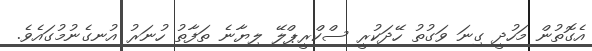
އެގޮތުން މަހުދީ ގިނަ ވަގުތު ހޭދަކުރީ ސްކްރީޕްލޭ ލިޔާނެ ތަފާތު ހުނަރު އުނގެނުމުގައެވެ.